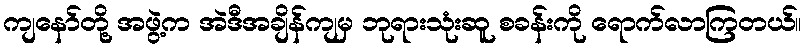
ကျနော်တို့ အဖွဲ့က အဲဒီအချိန်ကျမှ ဘုရားသုံးဆူ စခန်းကို ရောက်လာကြတယ်။